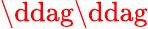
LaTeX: \ddag\ddag